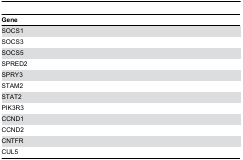
<table><thead><tr><td><b>Gene</b></td></tr></thead><tbody><tr><td>SOCS1</td></tr><tr><td>SOCS3</td></tr><tr><td>SOCS5</td></tr><tr><td>SPRED2</td></tr><tr><td>SPRY3</td></tr><tr><td>STAM2</td></tr><tr><td>STAT2</td></tr><tr><td>PIK3R3</td></tr><tr><td>CCND1</td></tr><tr><td>CCND2</td></tr><tr><td>CNTFR</td></tr><tr><td>CUL5</td></tr></tbody></table>